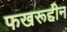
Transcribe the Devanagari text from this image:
फखरूद्दीन